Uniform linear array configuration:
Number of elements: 48
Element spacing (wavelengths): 0.25
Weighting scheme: cosine
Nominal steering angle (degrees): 0
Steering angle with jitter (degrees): -0.5297
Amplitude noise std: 0.05
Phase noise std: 0.05

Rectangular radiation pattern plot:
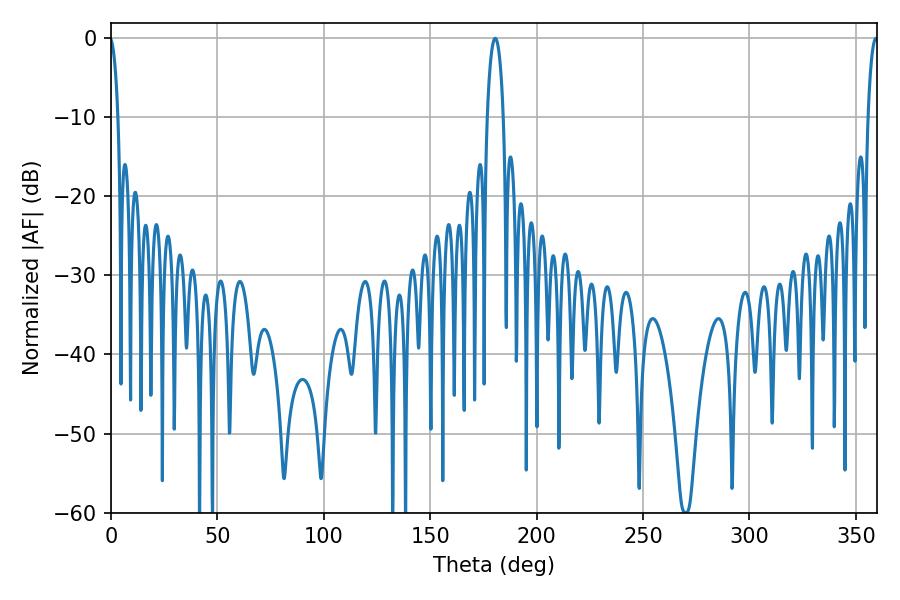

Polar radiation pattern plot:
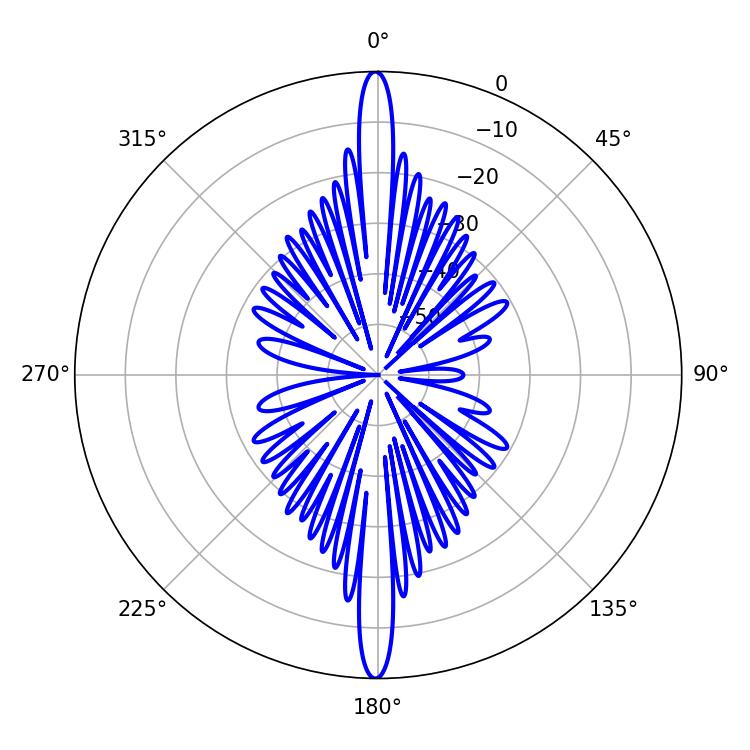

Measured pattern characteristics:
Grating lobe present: FALSE
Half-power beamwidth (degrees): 4.32
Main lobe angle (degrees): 180.54